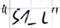
Text: "S1_L"